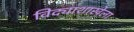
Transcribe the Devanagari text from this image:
विद्याशाखेला